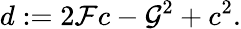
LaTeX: d:=2{\cal F}c-{\cal G}^{2}+c^{2}.